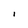
Character: l